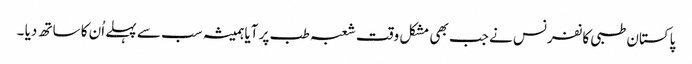
پاکستان طبی کانفرنس نے جب بھی مشکل وقت شعبہ طب پر آیا ہمیشہ سب سے پہلے اُن کا ساتھ دیا ۔